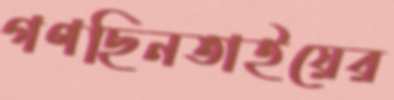
গণছিনতাইয়ের